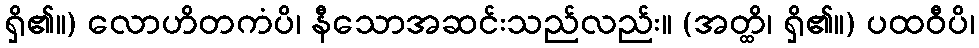
ရှိ၏။) လောဟိတကံပိ၊ နီသောအဆင်းသည်လည်း။ (အတ္ထိ၊ ရှိ၏။) ပထဝီပိ၊